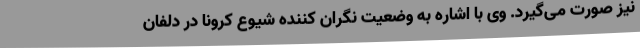
نیز صورت می‌گیرد. وی با اشاره به وضعیت نگران کننده شیوع کرونا در دلفان